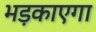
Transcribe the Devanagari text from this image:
भड़काएगा